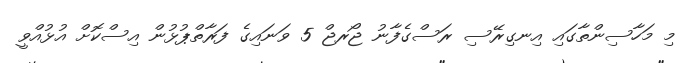
މި މަހާސިންތާގައި އިނގިރޭސި ރަސްގެފާނު ޖޯރޖް 5 ވަނައިގެ ފަރާތްޕުޅުން އިސްކޮށް އުޅުއްވީ